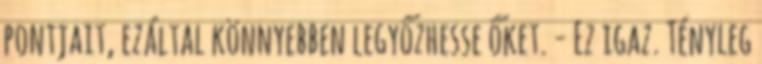
pontjait, ezáltal könnyebben legyőzhesse őket. - Ez igaz. Tényleg